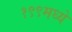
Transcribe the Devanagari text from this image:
१९९मध्ये